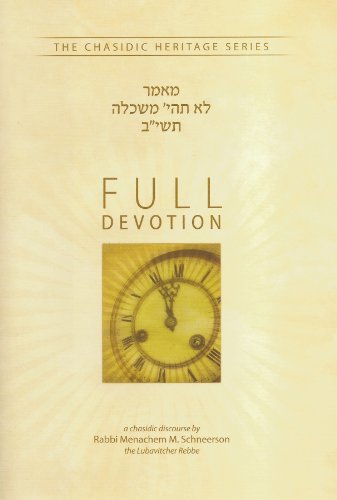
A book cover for Full Devotion - Lo Tiye Meshakela 5712 (Chasidic Heritage Series) (Chassidic Heritage); Rabbi Menachem M. Schneerson; Religion & Spirituality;